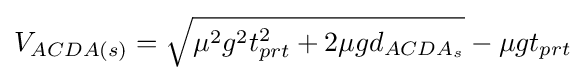
V_{ACDA(s)}={\sqrt {\mu ^{2}g^{2}t_{prt}^{2}+2\mu gd_{ACDA_{s}}}}-\mu gt_{prt}